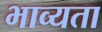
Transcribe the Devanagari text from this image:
भाव्‍यता